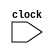
module v2 (
    input clock
);
    always @(clock) begin
        $display("v2 clock value: %d", clock);
    end

endmodule // v2